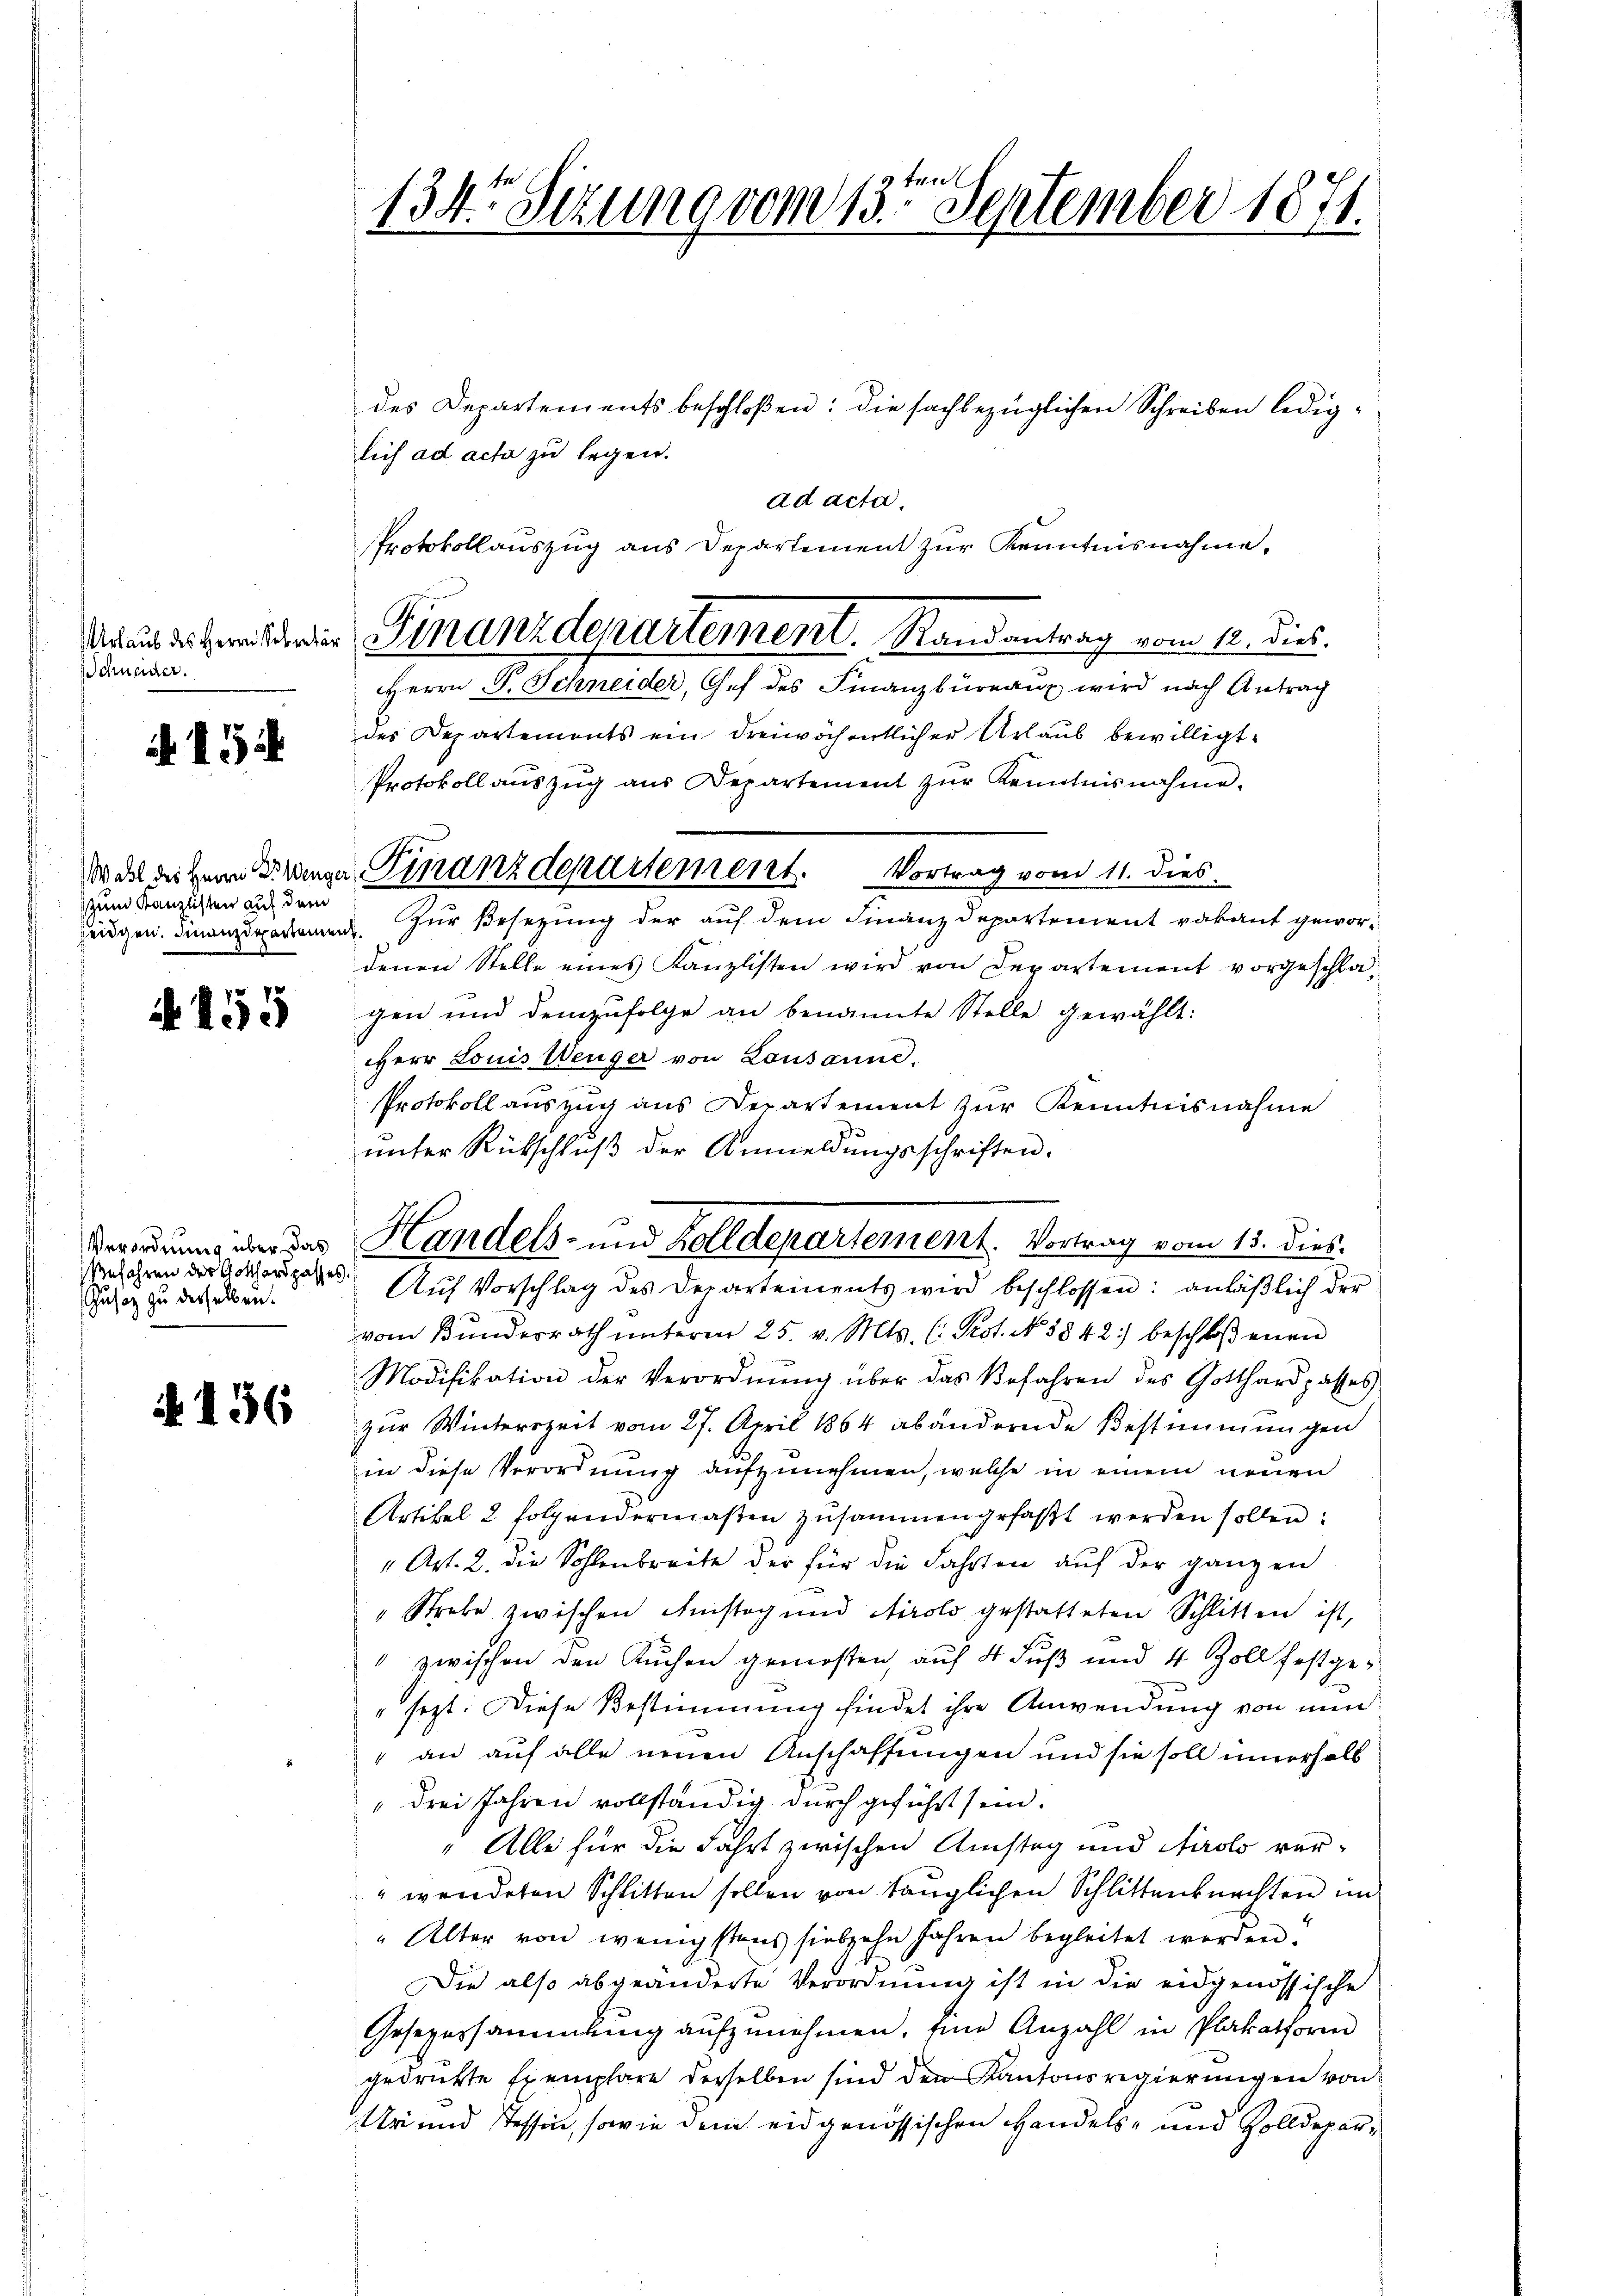
Urlaub des Herrn Sekretä
Schneider.

A 154

Wahl des Herrn Dr. Wenge
zum Kanzlisten auf dem
Zeidgen. Finanzdepartement

A 155

Verordnung über das
efahren der Gotthard passes
usaz zu derselben.

A 136

134. Sizung vom 13ten September 1871.

des Departements beschloßen: die sachbezüglichen Schreiben lediglich ad acta zu legen.
ad acta.
Herrn P. Schneider, Gef des Finanzbüreaux wird nach Antrag
des Departements ein dreiwöchentlicher Urlaub bewilligt.
Protokoll aŭszŭg aŭs Departement zŭr Kenntnisnahme.
Zur Ersezung der auf dem Finanzdepartement vakant gewordenen Stelle eines Kanzlisten wird von Departement vorgeschlagen und demzufolge an benannte Stelle gewählt:
HHerr Louis Weiger von Lausanne.
Protokoll auszug aus Departement zur Kenntnisnahme
unter Rückschluß der Anmeldungsschriften.
Aŭf Vorschlag des Departements wird beschlossen: anläßlich der
vom Bunderrath ŭnterm 25. v. Mts. (: Prot. No. 5842) beschloßenen
Modifikation der Verordnŭng über das Befahren des Gotthard passes
zur Winterszeit vom 27. April 1864 abändernde Bestimmungen
in diese Verordnung aufzunehmen, welche in einem neuen
Artikel 2 folgendermaßen zusammen gefaßt werden sollen:
" Art. 2. die Sohlenbreite der für die Fahrten auf der ganzen
"Strebe zwischen Anstag und Airolo gestatteten Schlitten ist,
 zwischen den Kuchen gemosten, auf 4 Fuß und 4 Zoll festge¬
" sezt. Diese Bestimmung findet ihre Anwendung von nun
an auf alle neuen Anschaffungen und sie soll innerhalb
„drei Jahren vollständig durch geführt sein.
" Alle für die Fahrt zwischen Amstag und Airolo ver¬
"wendeten Schlitten sollen von tauglichen Schlittenknechten im
"Alter von wenigstens siebzehn Jahren begleitet werden.
Die also abgeänderte Verordnung ist in die eidgenössische
Gesezessammlung aŭfzŭnehmen. Eine Anzahl in Plakathoren
gedruckte Exemplare derselben sind den Kantonsregierungen von
Ur und Tessin, sowie dem eidgenössischen Handels- und Zolldepar¬

Protokollauszug aus Departement zur Kenntnisnahme,
Finanzdepartement. Randantrag vom 12. Dies

Finanzdepartement. Vortrag vom 11. dies

Handels- und Zolldepartement. Vortrag vom 13. dies.